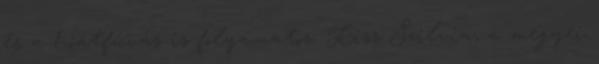
és a hóátfúvás is folyamatos. Kiss Szilvia, a megyei